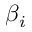
\beta _ { i }